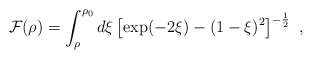
\begin{align*}{\cal F}(\rho)=\int_{\rho}^{\rho_0} d\xi \left[\exp(-2\xi)-(1-\xi)^2\right]^{-{1\over 2}}~,\end{align*}